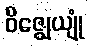
ဝိဇ္ဈေယျုံ